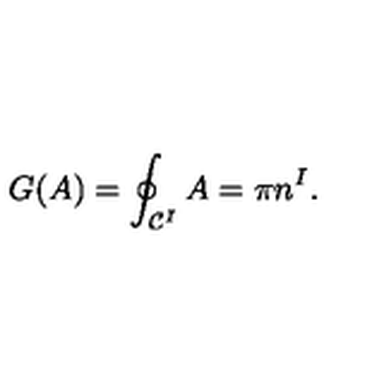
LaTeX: G ( A ) = \oint _ { { \cal C } ^ { I } } A = \pi n ^ { I } .